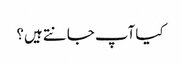
کیا آپ جانتے ہیں؟